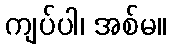
ကျပ်ပါ၊ အစ်မ။